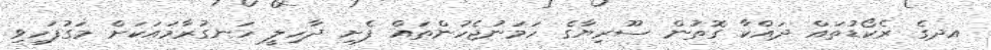
އދގެ ރެކޯޑުތައް ދައްކާ ގޮތުން ސޫރިޔާގެ ހަމަނުޖެހުންތައް ފެށި ދާހިލީ ހަނގުރާމައަކަށް މަގުފަހިވި